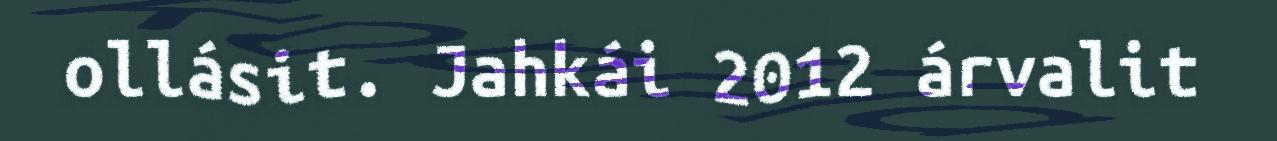
ollásit. Jahkái 2012 árvalit